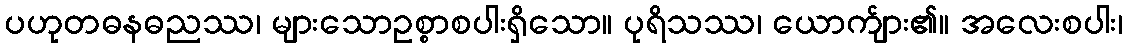
ပဟုတဓနဓညဿ၊ များသောဥစ္စာစပါးရှိသော။ ပုရိသဿ၊ ယောက်ျား၏။ အလေးစပါး၊